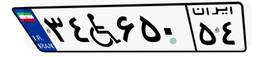
۳۴W۶۵۰۵۴